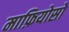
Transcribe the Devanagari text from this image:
माफ़ियोसो